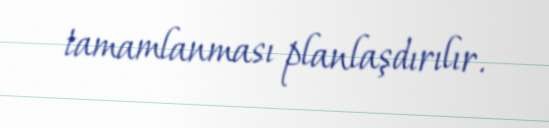
tamamlanması planlaşdırılır.